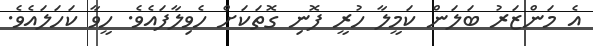
އެ މަންޒަރު ބަލަން ކަމީލާ ހުރީ ފޮނި ގޮތަކަށް ހެވިލާފައެވެ. ހީވާ ކަހަލައެވެ.